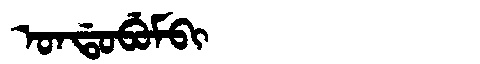
Manchu: ᠣᠨᡩᠣᠪᡠᠮᠪᡳ
Romanization: ONDOBUMBI